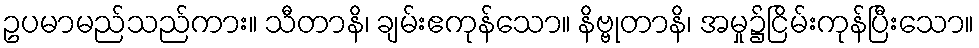
ဥပမာမည်သည်ကား။ သီတာနိ၊ ချမ်းဧကုန်သော။ နိဗ္ဗုတာနိ၊ အမှု၌ငြိမ်းကုန်ပြီးသော။